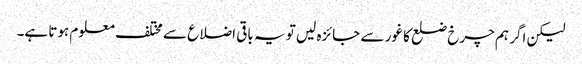
لیکن اگر ہم چرخ ضلع کا غور سے جائزہ لیں تو یہ باقی اضلاع سے مختلف معلوم ہوتا ہے۔